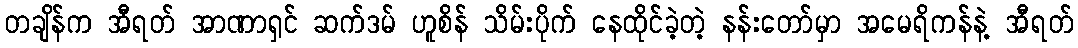
တချိန်က အီရတ် အာဏာရှင် ဆက်ဒမ် ဟူစိန် သိမ်းပိုက် နေထိုင်ခဲ့တဲ့ နန်းတော်မှာ အမေရိကန်နဲ့ အီရတ်